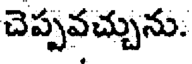
చెప్పవచ్చును.